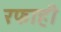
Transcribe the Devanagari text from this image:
रफाही